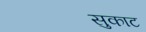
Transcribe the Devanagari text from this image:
सुकाट